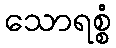
သောရစ္စံ